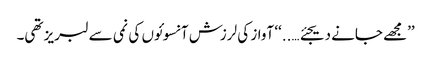
’’مجھے جانے دیجئے…..‘‘ آواز کی لرزش آنسوئوں کی نمی سے لبریز تھی۔